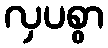
လှပစွာ